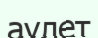
аулет